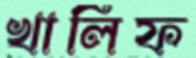
খালিফ